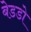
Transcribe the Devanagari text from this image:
बेडडो